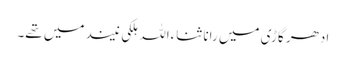
ادھر گاڑی میں رانا ثناءاللہ ہلکی نیند میں تھے۔